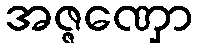
အဇ္ဇဏှော